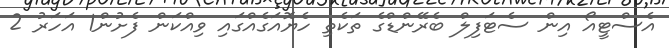
އެސްޓީއޯ އިން ސެޓަފިލް ބެރޭންޑްގެ ތަކެތި ހެޔޮއަގެއްގައި ވިއްކަން ފެށުން1 އަހަރު 2